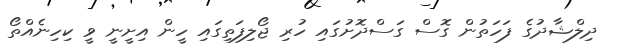
ދިލްޝާދުގެ ފަހަތުން ގޮސް ގަސްދޮށުގައި ހުރި ޖޯލިފަތިގައި ހީން އިށީނީ ވީ ކިހިނެއްތޯ